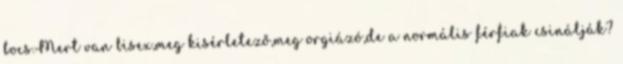
bocs.Mert van bisex,meg kisérletező,meg orgiázó,de a normális férfiak csinálják?